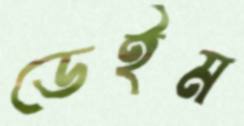
ডেইম